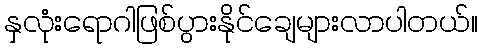
နှလုံးရောဂါဖြစ်ပွားနိုင်ချေများလာပါတယ်။